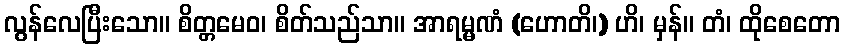
လွန်လေပြီးသော။ စိတ္တမေဝ၊ စိတ်သည်သာ။ အာရမ္မဏံ (ဟောတိ၊) ဟိ၊ မှန်။ တံ၊ ထိုစေတော